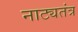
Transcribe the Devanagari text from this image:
नाट्यतंत्र